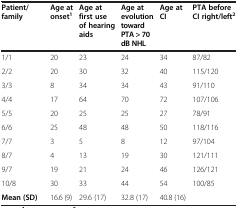
<table><thead><tr><td><b>Patient/ family</b></td><td><b>Age at onset<sup>1</sup></b></td><td><b>Age at first use of hearing aids</b></td><td><b>Age at evolution toward PTA &gt; 70 dB NHL</b></td><td><b>Age at CI</b></td><td><b>PTA before CI right/left<sup>2</sup></b></td></tr></thead><tbody><tr><td>1/1</td><td>20</td><td>23</td><td>24</td><td>34</td><td>87/82</td></tr><tr><td>2/2</td><td>20</td><td>30</td><td>32</td><td>40</td><td>115/120</td></tr><tr><td>3/3</td><td>8</td><td>34</td><td>34</td><td>43</td><td>91/110</td></tr><tr><td>4/4</td><td>17</td><td>64</td><td>70</td><td>72</td><td>107/106</td></tr><tr><td>5/5</td><td>20</td><td>25</td><td>25</td><td>27</td><td>78/91</td></tr><tr><td>6/6</td><td>25</td><td>48</td><td>48</td><td>50</td><td>118/116</td></tr><tr><td>7/7</td><td>3</td><td>5</td><td>8</td><td>12</td><td>97/104</td></tr><tr><td>8/7</td><td>4</td><td>13</td><td>19</td><td>30</td><td>121/111</td></tr><tr><td>9/7</td><td>19</td><td>21</td><td>24</td><td>46</td><td>126/121</td></tr><tr><td>10/8</td><td>30</td><td>33</td><td>44</td><td>54</td><td>100/85</td></tr><tr><td><b>Mean (SD)</b></td><td>16.6 (9)</td><td>29.6 (17)</td><td>32.8 (17)</td><td>40.8 (16)</td><td> </td></tr></tbody></table>